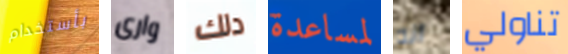
بأستخدام وارى دلك لمساعدة انه تناولي